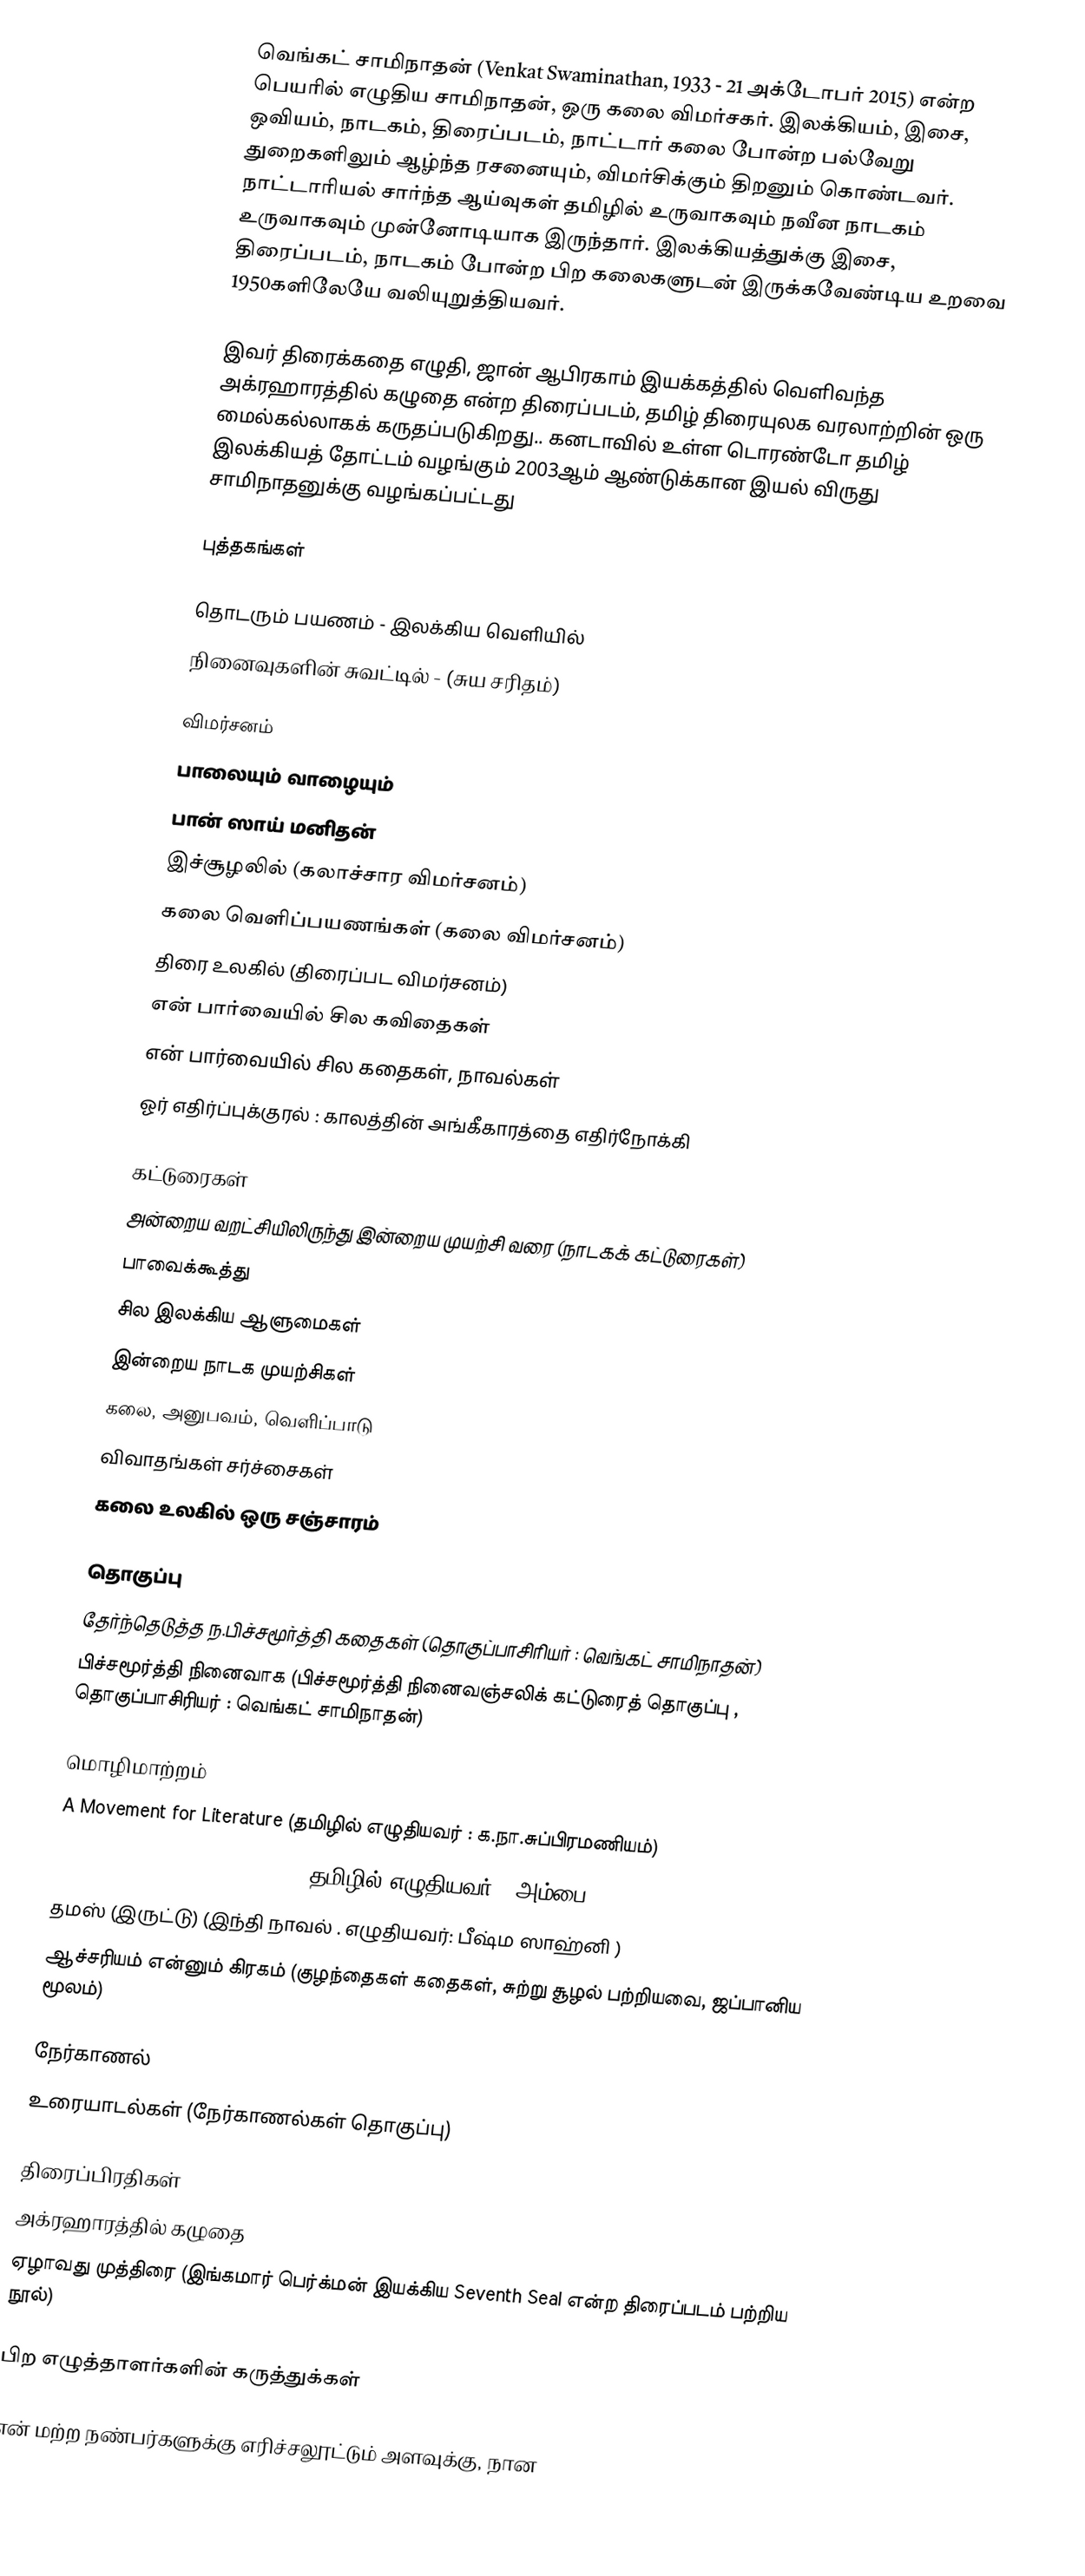
வெங்கட் சாமிநாதன் (Venkat Swaminathan, 1933 - 21 அக்டோபர் 2015) என்ற பெயரில் எழுதிய சாமிநாதன், ஒரு கலை விமர்சகர். இலக்கியம், இசை, ஒவியம், நாடகம், திரைப்படம், நாட்டார் கலை போன்ற பல்வேறு துறைகளிலும் ஆழ்ந்த ரசனையும், விமர்சிக்கும் திறனும் கொண்டவர். நாட்டாரியல் சார்ந்த ஆய்வுகள் தமிழில் உருவாகவும் நவீன நாடகம் உருவாகவும் முன்னோடியாக இருந்தார். இலக்கியத்துக்கு இசை, திரைப்படம், நாடகம் போன்ற பிற கலைகளுடன் இருக்கவேண்டிய உறவை 1950களிலேயே வலியுறுத்தியவர்.

இவர் திரைக்கதை எழுதி, ஜான் ஆபிரகாம் இயக்கத்தில் வெளிவந்த அக்ரஹாரத்தில் கழுதை என்ற திரைப்படம், தமிழ் திரையுலக வரலாற்றின் ஒரு மைல்கல்லாகக் கருதப்படுகிறது.. கனடாவில் உள்ள டொரண்டோ தமிழ் இலக்கியத் தோட்டம் வழங்கும் 2003ஆம் ஆண்டுக்கான இயல் விருது சாமிநாதனுக்கு வழங்கப்பட்டது

புத்தகங்கள்

தொடரும்   பயணம் - இலக்கிய வெளியில்
நினைவுகளின் சுவட்டில் - (சுய சரிதம்)

விமர்சனம்
பாலையும் வாழையும்
பான் ஸாய் மனிதன்
இச்சூழலில் (கலாச்சார விமர்சனம்)
கலை வெளிப்பயணங்கள் (கலை விமர்சனம்)
திரை உலகில் (திரைப்பட விமர்சனம்)
என் பார்வையில் சில கவிதைகள்
என் பார்வையில் சில கதைகள், நாவல்கள்
ஓர் எதிர்ப்புக்குரல் : காலத்தின் அங்கீகாரத்தை எதிர்நோக்கி

கட்டுரைகள்
அன்றைய வறட்சியிலிருந்து இன்றைய முயற்சி வரை (நாடகக் கட்டுரைகள்)
பாவைக்கூத்து
சில இலக்கிய ஆளுமைகள்
இன்றைய நாடக முயற்சிகள்
கலை, அனுபவம், வெளிப்பாடு
விவாதங்கள் சர்ச்சைகள்
கலை உலகில் ஒரு சஞ்சாரம்

தொகுப்பு
தேர்ந்தெடுத்த ந.பிச்சமூர்த்தி கதைகள் (தொகுப்பாசிரியர் : வெங்கட் சாமிநாதன்)
பிச்சமூர்த்தி நினைவாக (பிச்சமூர்த்தி நினைவஞ்சலிக் கட்டுரைத் தொகுப்பு , தொகுப்பாசிரியர் : வெங்கட் சாமிநாதன்)

மொழிமாற்றம்
A Movement for Literature (தமிழில் எழுதியவர் : க.நா.சுப்பிரமணியம்)
Mother has committed a murder (தமிழில் எழுதியவர் : அம்பை)
தமஸ் (இருட்டு) (இந்தி நாவல் . எழுதியவர்: பீஷ்ம ஸாஹ்னி )
ஆச்சரியம் என்னும் கிரகம் (குழந்தைகள் கதைகள், சுற்று சூழல் பற்றியவை, ஜப்பானிய மூலம்)

நேர்காணல்
உரையாடல்கள் (நேர்காணல்கள் தொகுப்பு)

திரைப்பிரதிகள்
அக்ரஹாரத்தில் கழுதை
ஏழாவது முத்திரை (இங்கமார் பெர்க்மன் இயக்கிய Seventh Seal என்ற திரைப்படம் பற்றிய நூல்)

பிற எழுத்தாளர்களின் கருத்துக்கள்

என் மற்ற நண்பர்களுக்கு எரிச்சலூட்டும் அளவுக்கு, நான